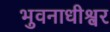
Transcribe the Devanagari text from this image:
भुवनाधीश्वर